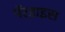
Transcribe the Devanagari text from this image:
पॅरडाइस